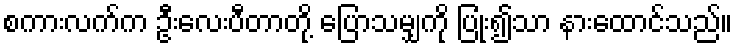
စကားလက်က ဦးလေးပီတာတို့ ပြောသမျှကို ပြုံး၍သာ နားထောင်သည်။